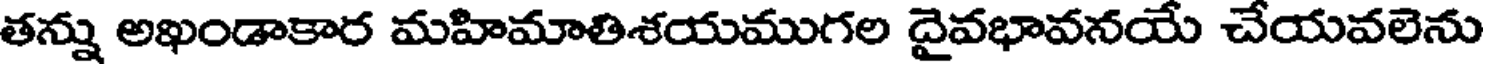
తన్ను అఖండాకార మహిమాతిశయముగల దైవభావనయే చేయవలెను